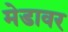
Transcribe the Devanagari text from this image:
मेडावर